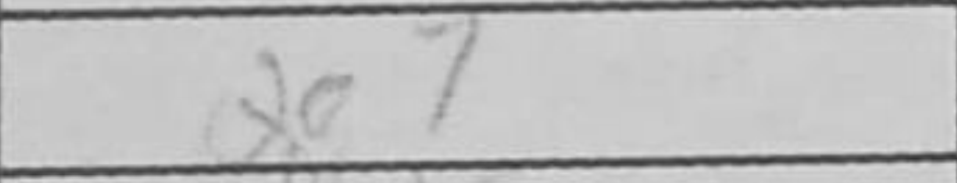
Transcription: Qe7